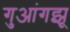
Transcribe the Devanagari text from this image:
गुआंगझू